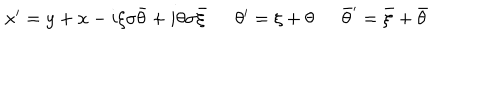
LaTeX: \begin{array} { l l l } { { x ^ { \prime } = y + x - i \xi \sigma \bar { \theta } + i \theta \sigma \bar { \xi } ~ } } & { { ~ \theta ^ { \prime } = \xi + \theta ~ } } & { { ~ \bar { \theta } ^ { \prime } = \bar { \xi } + \bar { \theta } } } \\ \end{array}